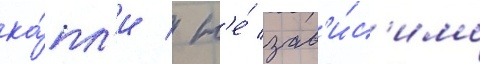
ка́пл'и / н'е́ зав'и́с'имо